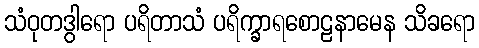
သံဝုတဒွါရော ပရိတာသံ ပရိက္ခာရစောဠနာမေန သိခရော